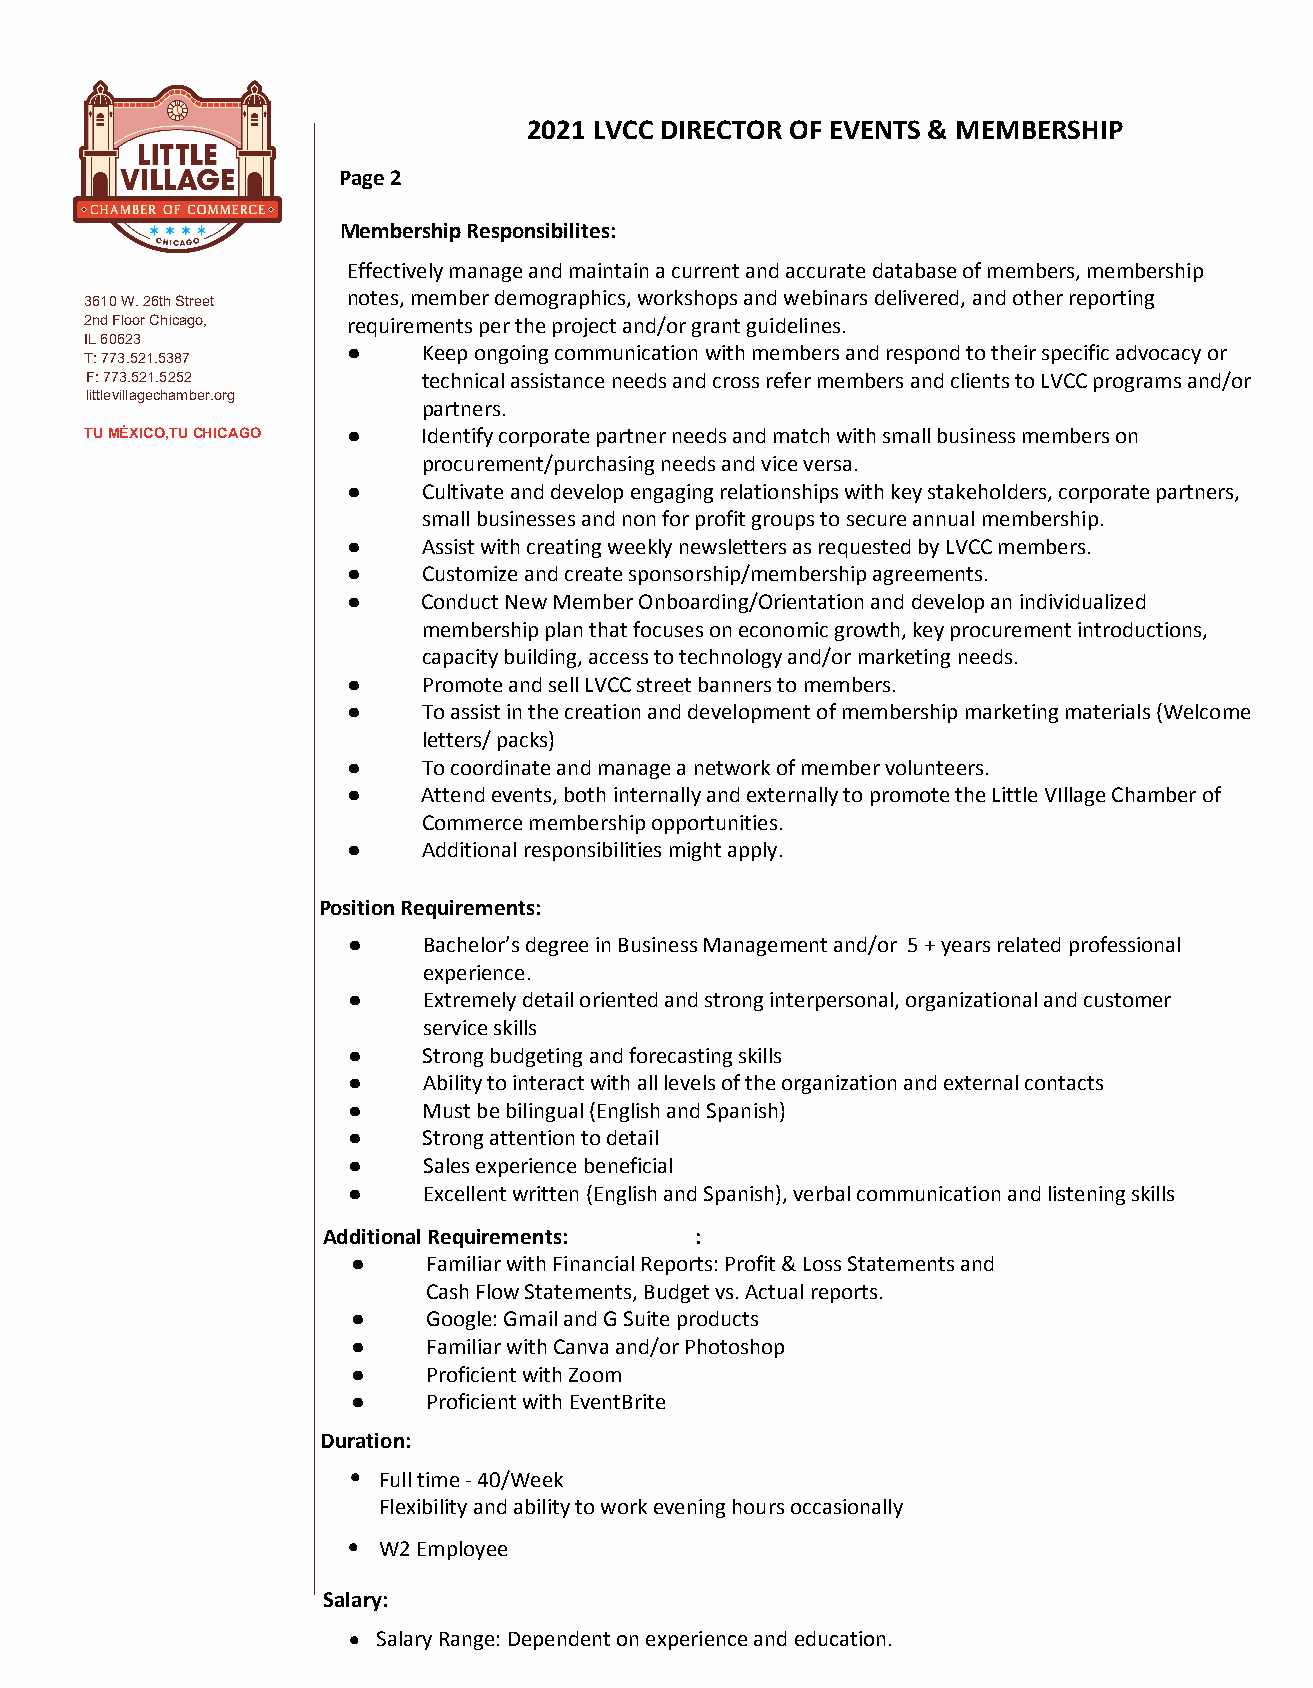
2021 LVCC DIRECTOR OF EVENTS & MEMBERSHIP
 Page 2
 Membership Responsibilites:mbership Responsibilities:
 Effectively manage and maintain a current and accurate database of members, membership
 3610 W. 26th Street notes, member demographics, workshops and webinars delivered, and other reporting
 2nd Floor Chicago, requirements per the project and/or grant guidelines.
 IL 60623
 ●    Keep ongoing communication with members and respond to their specific advocacy or
 T: 773.521.5387
 e.g.,
 F: 773.521.5252       technical assistance needs and cross refer members and clients to LVCC programs and/or
 littlevillagechamber.org
 partners.
 TU MÉXICO,TU CHICAGO ● Identify corporate partner needs and match with small business members on
 procurement/purchasing needs and vice versa.
 ●    Cultivate and develop engaging relationships with key stakeholders, corporate partners,
 small businesses and non for profit groups to secure annual membership.
 ●    Assist with creating weekly newsletters as requested by LVCC members.
 ●    Customize and create sponsorship/membership agreements.
 ●    Conduct New Member Onboarding/Orientation and develop an individualized
 membership plan that focuses on economic growth, key procurement introductions,
 capacity building, access to technology and/or marketing needs.
 ●    Promote and sell LVCC street banners to members.
 ●    To assist in the creation and development of membership marketing materials (Welcome
 letters/ packs)
 ●    To coordinate and manage a network of member volunteers.
 ●    Attend events, both internally and externally to promote the Little VIllage Chamber of
 Commerce membership opportunities.
 ●    Additional responsibilities might apply.
 Position Requirements:
 ●    Bachelor’s degree in Business Management and/or 5 + years related professional
 experience.
 ●    Extremely detail oriented and strong interpersonal, organizational and customer
 service skills
 ●    Strong budgeting and forecasting skills
 ●    Ability to interact with all levels of the organization and external contacts
 ●    Must be bilingual (English and Spanish)
 ●    Strong attention to detail
 ●    Sales experience beneficial
 ●    Excellent written (English and Spanish), verbal communication and listening skills
 Additional Requirements: :
 ●    Familiar with Financial Reports: Profit & Loss Statements and
 Cash Flow Statements, Budget vs. Actual reports.
 ●    Google: Gmail and G Suite products
 ●    Familiar with Canva and/or Photoshop
 ●    Proficient with Zoom
 ●    Proficient with EventBrite
 Duration:
 • Full time - 40/Week
 Flexibility and ability to work evening hours occasionally
 • W2 Employee
 Salary:
 • Salary Range: Dependent on experience and education.